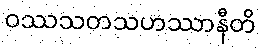
ဝဿသတသဟဿာနီတိ